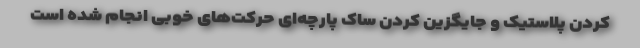
کردن پلاستیک و جایگزین کردن ساک پارچه‌ای حرکت‌های خوبی انجام شده است